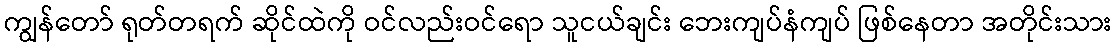
ကျွန်တော် ရုတ်တရက် ဆိုင်ထဲကို ဝင်လည်းဝင်ရော သူငယ်ချင်း ဘေးကျပ်နံကျပ် ဖြစ်နေတာ အတိုင်းသား